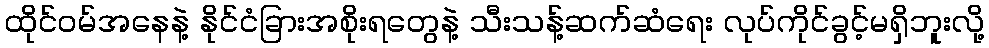
ထိုင်ဝမ်အနေနဲ့ နိုင်ငံခြားအစိုးရတွေနဲ့ သီးသန့်ဆက်ဆံရေး လုပ်ကိုင်ခွင့်မရှိဘူးလို့